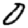
Digit: 0